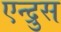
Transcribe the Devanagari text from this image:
एन्द्रुस